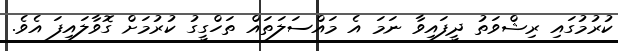
ކުރުމުގައި ރިޝްވަތު ދީފައިވާ ނަމަ އެ މައްސަލަތައް ތަހްގީގު ކުރުމަށް ގޮވާލައިފަ އެވެ.